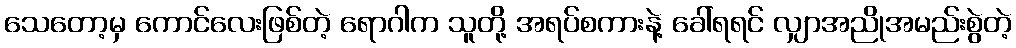
သေတော့မှ ကောင်လေးဖြစ်တဲ့ ရောဂါက သူတို့ အရပ်စကားနဲ့ ခေါ်ရရင် လျှာအညိုအမည်းစွဲတဲ့